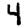
Digit: 4